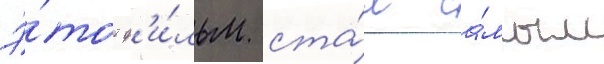
Э́тот ф'и́льм ста́л са́мым